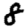
Digit: 8